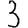
Digit: 3